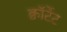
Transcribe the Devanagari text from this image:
क्वॉर्टेट